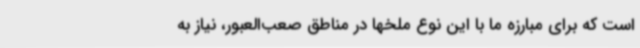
است که برای مبارزه ما با این نوع ملخها در مناطق صعب‌العبور، نیاز به